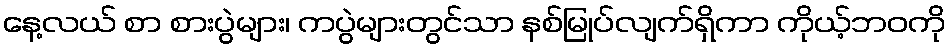
နေ့လယ် စာ စားပွဲများ၊ ကပွဲများတွင်သာ နစ်မြုပ်လျက်ရှိကာ ကိုယ့်ဘဝကို